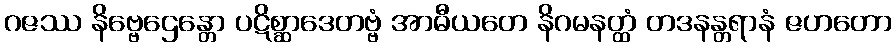
ဂဇဿ နိဗ္ဗေဌေန္တော ပဋိစ္ဆာဒေတဗ္ဗံ အာဓီယတေ နိဂမနတ္ထံ တဒနန္တရာနံ ဇဟတော